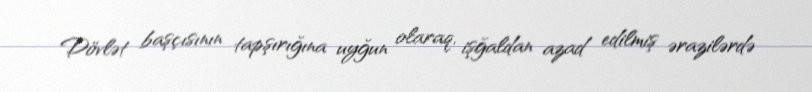
Dövlət başçısının tapşırığına uyğun olaraq, işğaldan azad edilmiş ərazilərdə